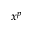
x ^ { p }